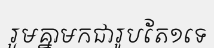
រួមគ្នាមកជារូបតែ១ទេ